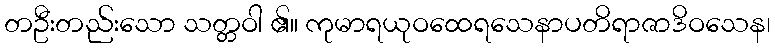
တဦးတည်းသော သတ္တဝါ ၏။ ကုမာရယုဝထေရသေနာပတိရာဇာဒိဝသေန၊